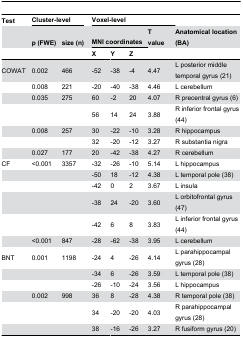
<table><thead><tr><td><b>Test</b></td><td colspan="2"><b>Cluster-level</b></td><td></td><td colspan="4"><b>Voxel-level</b></td><td></td></tr><tr><td></td><td><b>p (FWE)</b></td><td><b>size (n)</b></td><td></td><td colspan="3"><b>MNI coordinates</b></td><td><b>T value</b></td><td><b>Anatomical location (BA)</b></td></tr><tr><td></td><td></td><td></td><td></td><td><b>X</b></td><td><b>Y</b></td><td><b>Z</b></td><td></td><td></td></tr></thead><tbody><tr><td>COWAT</td><td>0.002</td><td>466</td><td></td><td>-52</td><td>-38</td><td>-4</td><td>4.47</td><td>L posterior middle temporal gyrus (21)</td></tr><tr><td></td><td>0.008</td><td>221</td><td></td><td>-20</td><td>-40</td><td>-38</td><td>4.46</td><td>L cerebellum</td></tr><tr><td></td><td>0.035</td><td>275</td><td></td><td>60</td><td>-2</td><td>20</td><td>4.07</td><td>R precentral gyrus (6)</td></tr><tr><td></td><td></td><td></td><td></td><td>56</td><td>14</td><td>24</td><td>3.88</td><td>R inferior frontal gyrus (44)</td></tr><tr><td></td><td>0.008</td><td>257</td><td></td><td>30</td><td>-22</td><td>-10</td><td>3.28</td><td>R hippocampus</td></tr><tr><td></td><td></td><td></td><td></td><td>32</td><td>-20</td><td>-12</td><td>3.27</td><td>R substantia nigra</td></tr><tr><td></td><td>0.027</td><td>177</td><td></td><td>20</td><td>-42</td><td>-38</td><td>4.27</td><td>R cerebellum</td></tr><tr><td>CF</td><td>&lt;0.001</td><td>3357</td><td></td><td>-32</td><td>-26</td><td>-10</td><td>5.14</td><td>L hippocampus</td></tr><tr><td></td><td></td><td></td><td></td><td>-50</td><td>18</td><td>-12</td><td>4.38</td><td>L temporal pole (38)</td></tr><tr><td></td><td></td><td></td><td></td><td>-42</td><td>0</td><td>2</td><td>3.67</td><td>L insula</td></tr><tr><td></td><td></td><td></td><td></td><td>-38</td><td>24</td><td>-20</td><td>3.60</td><td>L orbitofrontal gyrus (47)</td></tr><tr><td></td><td></td><td></td><td></td><td>-42</td><td>6</td><td>8</td><td>3.83</td><td>L inferior frontal gyrus (44)</td></tr><tr><td></td><td>&lt;0.001</td><td>847</td><td></td><td>-28</td><td>-62</td><td>-38</td><td>3.95</td><td>L cerebellum</td></tr><tr><td>BNT</td><td>0.001</td><td>1198</td><td></td><td>-24</td><td>4</td><td>-26</td><td>4.14</td><td>L parahippocampal gyrus (28)</td></tr><tr><td></td><td></td><td></td><td></td><td>-34</td><td>6</td><td>-26</td><td>3.59</td><td>L temporal pole (38)</td></tr><tr><td></td><td></td><td></td><td></td><td>-26</td><td>-10</td><td>-24</td><td>3.56</td><td>L hippocampus</td></tr><tr><td></td><td>0.002</td><td>998</td><td></td><td>36</td><td>8</td><td>-28</td><td>4.38</td><td>R temporal pole (38)</td></tr><tr><td></td><td></td><td></td><td></td><td>34</td><td>-20</td><td>-20</td><td>4.03</td><td>R parahippocampal gyrus (28)</td></tr><tr><td></td><td></td><td></td><td></td><td>38</td><td>-16</td><td>-26</td><td>3.27</td><td>R fusiform gyrus (20)</td></tr></tbody></table>